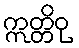
ဣတ္တိဝု